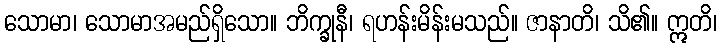
သောမာ၊ သောမာအမည်ရှိသော။ ဘိက္ခုနီ၊ ရဟန်းမိန်းမသည်။ ဇာနာတိ၊ သိ၏။ ဣတိ၊